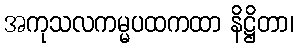
အကုသလကမ္မပထကထာ နိဋ္ဌိတာ၊